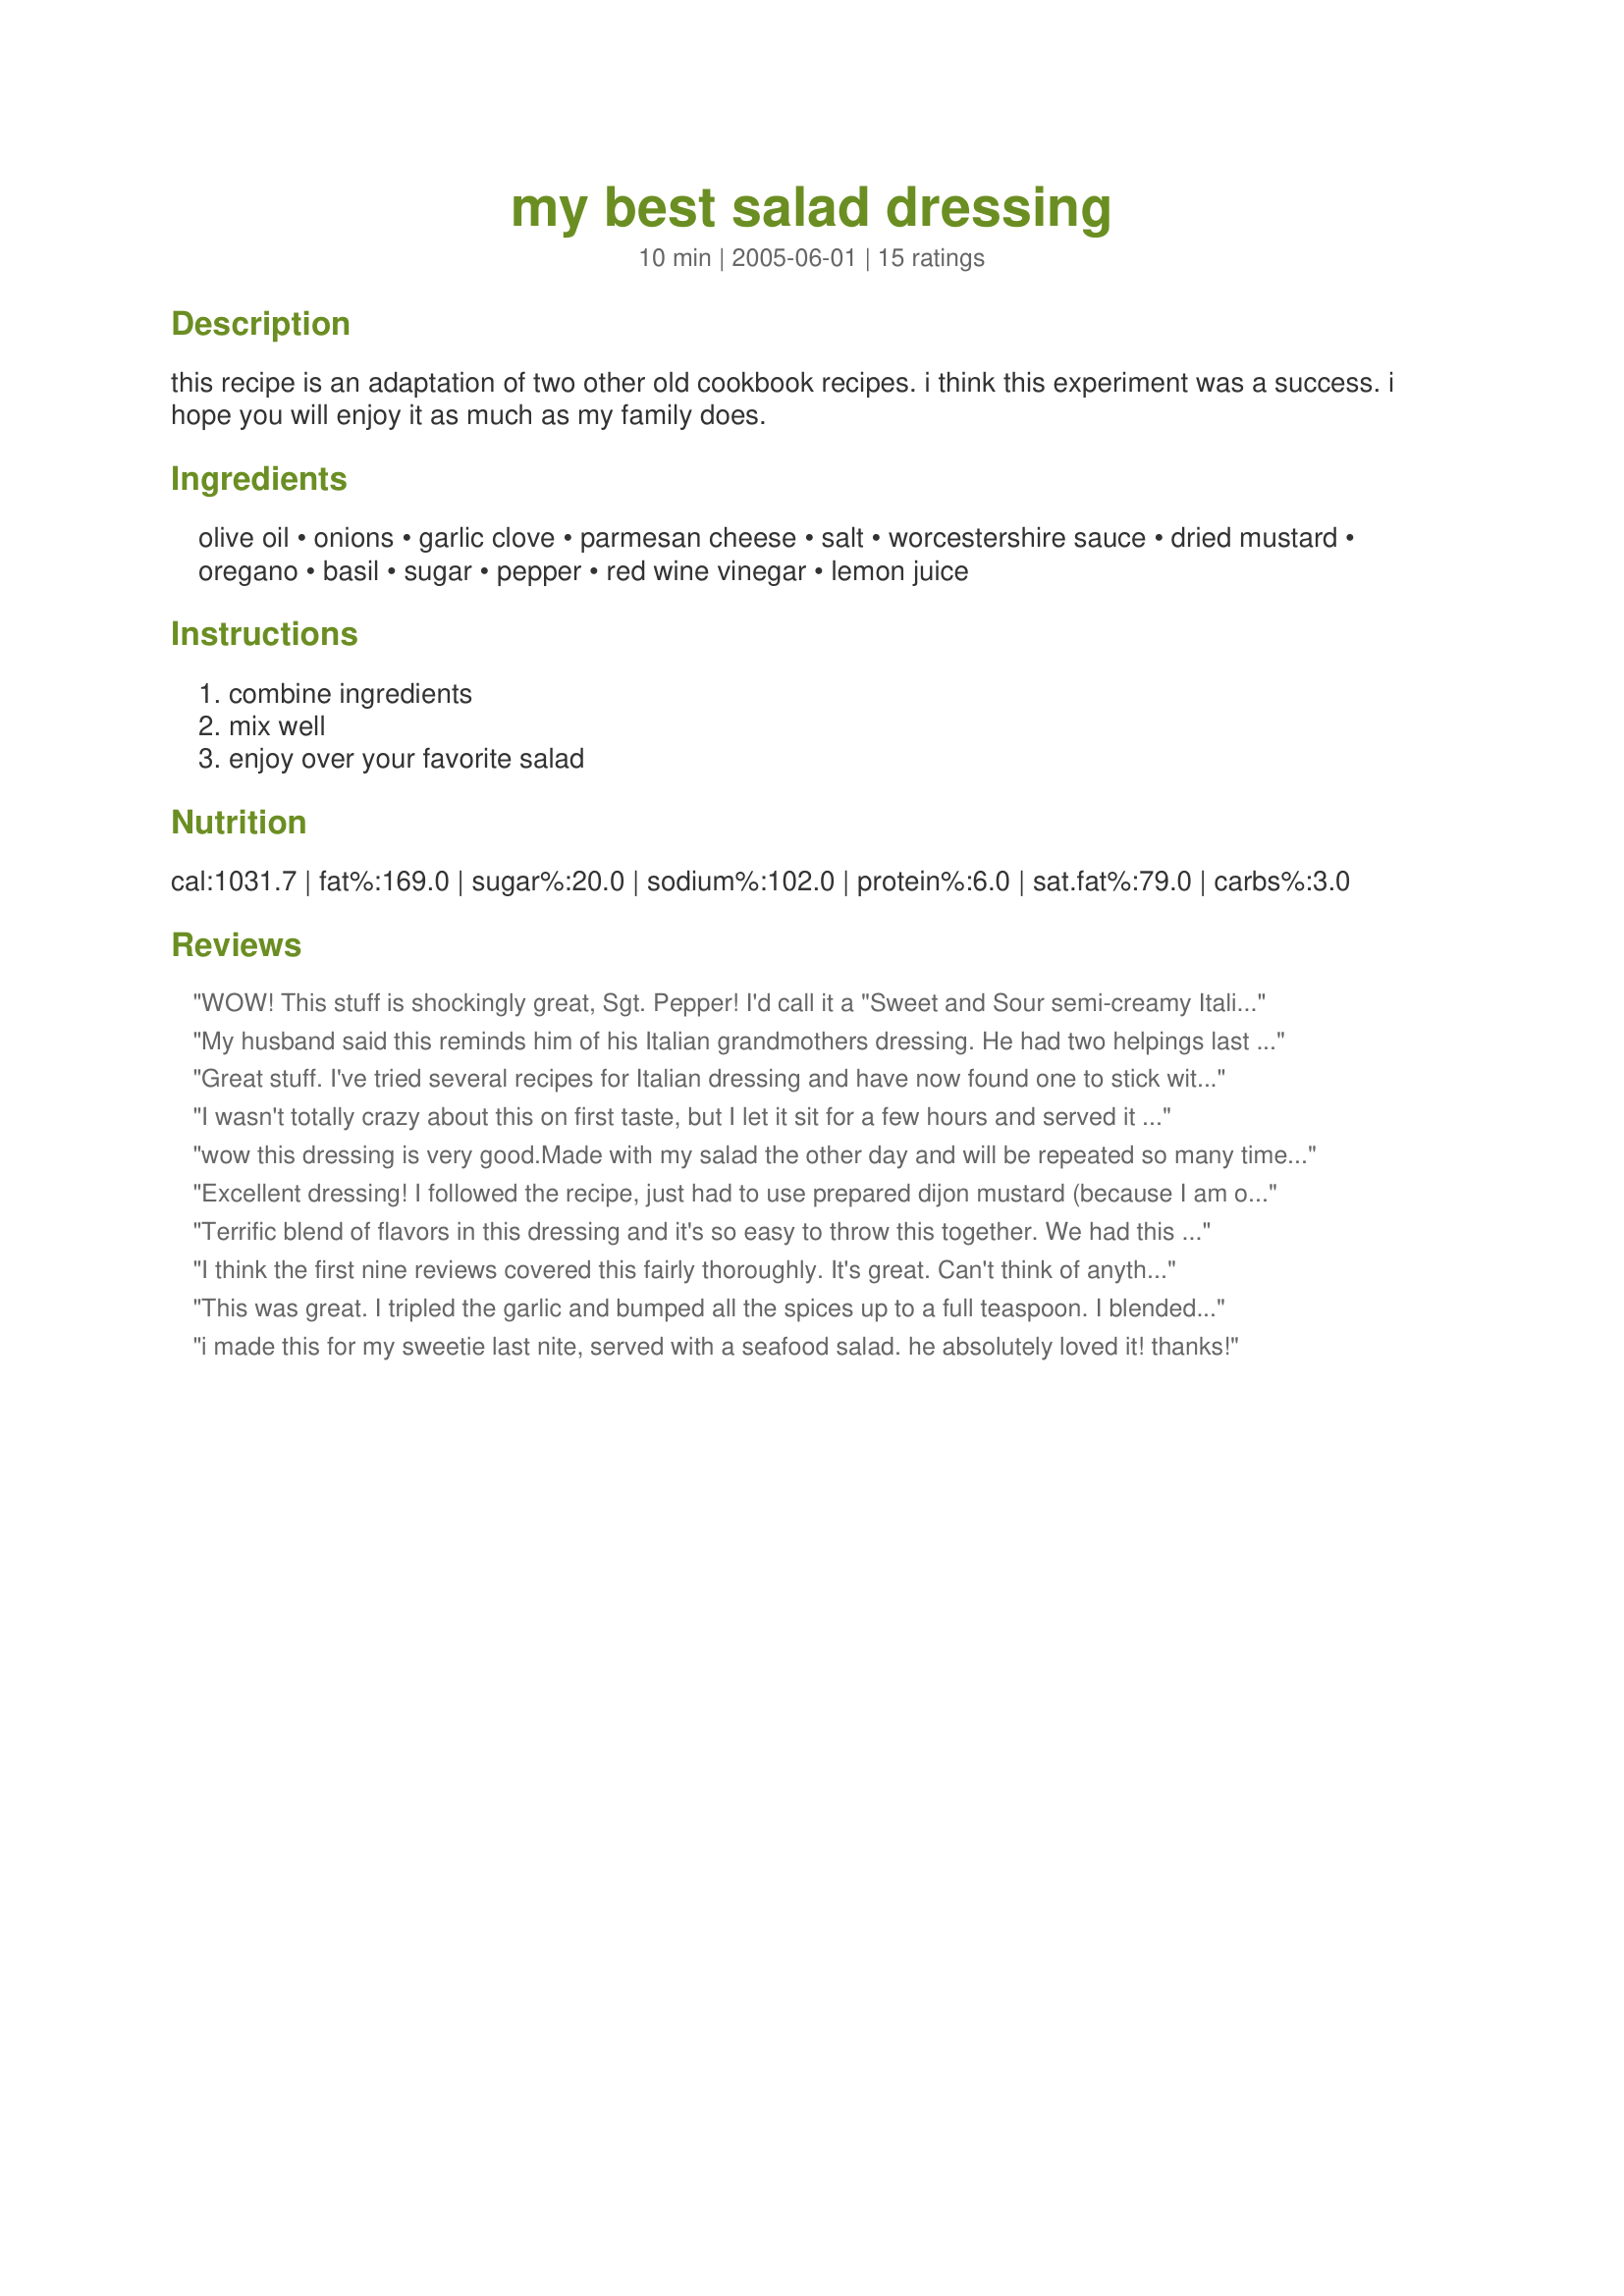
my best salad dressing
Preparation time: 10 minutes

this recipe is an adaptation of two other old cookbook recipes. i think this experiment was a success. i hope you will enjoy it as much as my family does.

Ingredients:
olive oil, onions, garlic clove, parmesan cheese, salt, worcestershire sauce, dried mustard, oregano, basil, sugar, pepper, red wine vinegar, lemon juice

Steps:
combine ingredients, mix well, enjoy over your favorite salad

Reviews:
WOW! This stuff is shockingly great, Sgt. Pepper! I'd call it a "Sweet and Sour semi-creamy Italian" -- it's just slightly different (in a positive direction) than anything I've ever had in the past. I've got a great Italian Dressing and this one is at least as good as mine and probably better. I doubled your recipe (kept the salt at 1 teaspoon) and tasted it. Just for pure meanness, I added 1 teaspoon of Tupelo Honey and continued blending and now, this dressing suits me to a Capital T. Sgt. Pepper, you're a genius, amigo.
big pat.
My husband said this reminds him of his Italian grandmothers dressing. He had two helpings last night and took the rest in his lunch today. Thanks for posting.
Great stuff. I've tried several recipes for Italian dressing and have now found one to stick with. We had this tonight on our salads with a spaghetti supper. I can't wait to have another salad tomorrow!
I wasn't totally crazy about this on first taste, but I let it sit for a few hours and served it to company. Everyone loved it, and I can see how this would be great on subs, etc. 
Thanks for sharing!
wow this dressing is very good.Made with my salad the other day and will be repeated so many times!!Thanks!!
Excellent dressing! I followed the recipe, just had to use prepared dijon mustard (because I am out of dry mustard) and left out the salt. Oh! And I added one extra garlic clove. It was even better after it sat in my fridge for a few hours.
Terrific blend of flavors in this dressing and it's so easy to throw this together. We had this on a tossed green salad but, I've been looking for a good submarine sandwich dressing and I think I found it with this one and will leave out the sugar to use it for that purpose. Thanks Sarge...great all-round dressing :)
I think the first nine reviews covered this fairly thoroughly. It's great. Can't think of anything that's been left out. I cut back on the salt a bit.
This was great. I tripled the garlic and bumped all the spices up to a full teaspoon. I blended it all together in the blender at the end. Next time I'll add water to the recipe to cut down on fat. I'll be making this again and again. Thanks for the post!
i made this for my sweetie last nite, served with a seafood salad. he absolutely loved it! thanks!
This was good, surprisingly sweet though. I used 2t prepared mustard (to help emulsify) instead of the dry and both granulated onion and garlic. I whipped it up in the food pro for 5 minutes to smoothly emulsify. Thanks for the recipe.
Delicious! This is different than any other dressing I've had before...I don't know what it is exactly but I like it. I subbed splenda for sugar but kept all other ingred. the same. I'll be making my next batch soon. Thanks for a great dressing.
Like jude, we love dressing on our subs and this one fit the bill. Our subs were outstanding! Thanks!
Very herby & good! We loved it but did have to cut down the salt some because of diet restrictions
I just LOVE this dressing! I had it last night and I'm making it again for tonight. It's THAT good!

Why would anyone BUY dressing when there are recipes like this out there?!?
